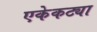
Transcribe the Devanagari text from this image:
एकेकट्या